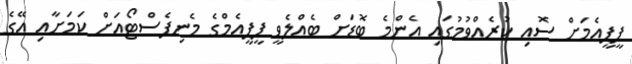
ޕީޕީއެމަށް ސޮއި ކުރެއްވުމުގައި އެންމެ ބޮޑަށް ބެއްލެވީ ޕީޕީއެމްގެ މެނިފެސްޓޯއަށް ކަމަށާއި އޭގެ